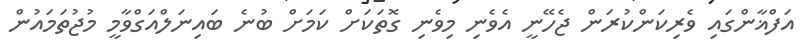
އަފްޣާންގައި ވެރިކަންކުރަން ޖެހޭނީ އެވެނި މިވެނި ގޮތަކަށް ކަމަށް ބުނެ ބައިނަލްއަގްވާމީ މުޖުތަމައުން